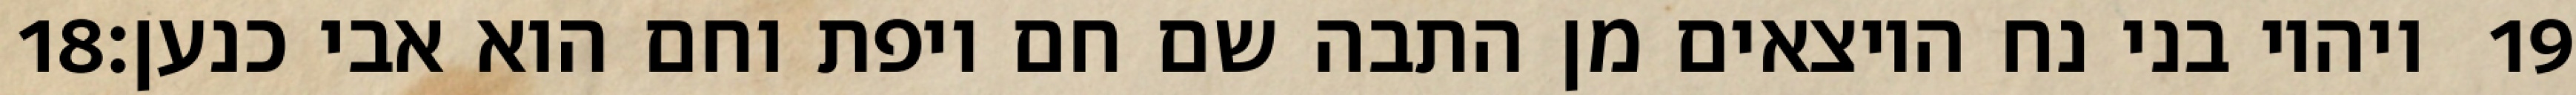
‎18‏ ויהיו בני נח היוצאים מן התבה שם חם ויפת וחם הוא אבי כנען׃ ‎19‏